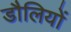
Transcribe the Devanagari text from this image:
डौलियों